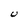
Character: U